Rangoon Lunatic Asylum 1893-1897 - 1893-1897
Year: 1893
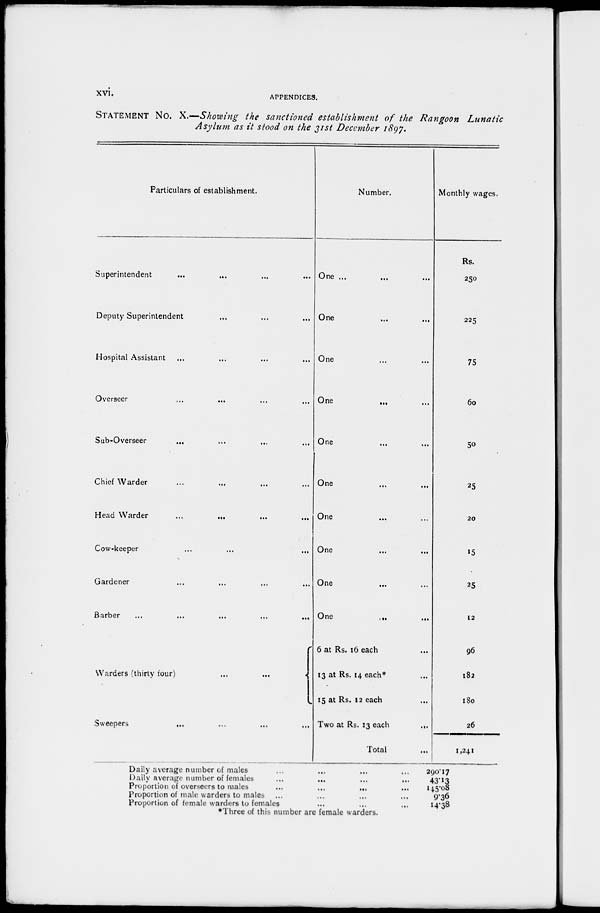
xvi.
APPENDICES.
STATEMENT No. X.—Showing the sanctioned establishment of the Rangoon
Lunatic
Asylum as it stood on the 31st December 1897.
Particulars of establishment.
Superintendent
...
...
...
...
Deputy Superintendent ... ... ...
Hospital Assistant ... ... ... ...
Overseer ... ... ... ...
Sub-Overseer ... ... ... ...
Chief Warder ... ... ... ...
Head Warder ... ... ...
Cow-keeper ... ... ...
Gardener ... ... ... ...
Barber
...
...
...
...
...
Warders (thirty four) ... ...
Sweepers
...
...
...
...
Number.
One ... ...
...
One ...
...
One ... ...
One ... ...
One ... ...
One ... ...
One ... ...
One ... ...
One ... ...
One
...
...
6 at Rs. 16 each ...
13 at Rs. 14 each* ...
15 at Rs. 12 each ...
Two at Rs. 13 each
...
Total ...
Monthly wages.
Rs.
250
225
75
60
50
25
20
15
25
12
96
182
180
26
1,241
Daily average number of males
...
...
...
...
Daily average number of females ... ... ... ...
Proportion of overseers to males
...
...
... ...
Proportion of male warders to males ... ... ... ...
Proportion of female warders to females ... ... ...
*Three of this number are female warders.
290.17
43.13
145.08
9.36
14.38